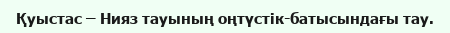
Қуыстас – Нияз тауының оңтүстік-батысындағы тау.